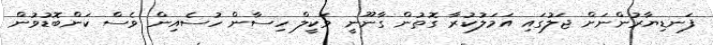
ފަނޑިޔާރުންނަށް ޖަލުގައި އަމަލުކުރާ ގޮތުން ގާނޫނީ ވަކީލް ހިސާން ހުސެއިން ވެސް ކަންބޮޑުވުން